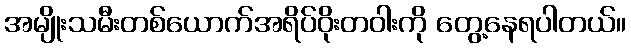
အမျိုးသမီးတစ်ယောက်အရိပ်ဝိုးတဝါးကို တွေ့နေရပါတယ်။